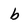
Character: b